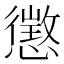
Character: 懲